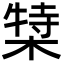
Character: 𬃿